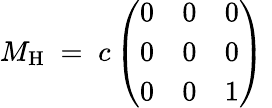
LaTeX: M_{\mathrm{H}}\; =\; c\left(\begin{array}{lll}{{0}}&{{0}}&{{0}}\\ {{0}}&{{0}}&{{0}}\\ {{0}}&{{0}}&{{1}}\end{array}\right)\;